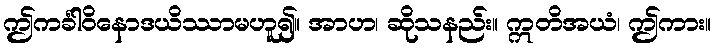
ဤကင်္ခါဝိနောဒယိဿာမဟူ၍။ အာဟ၊ ဆိုသနည်း။ ဣတိအယံ၊ ဤကား။